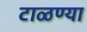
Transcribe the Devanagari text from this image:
टाळण्या